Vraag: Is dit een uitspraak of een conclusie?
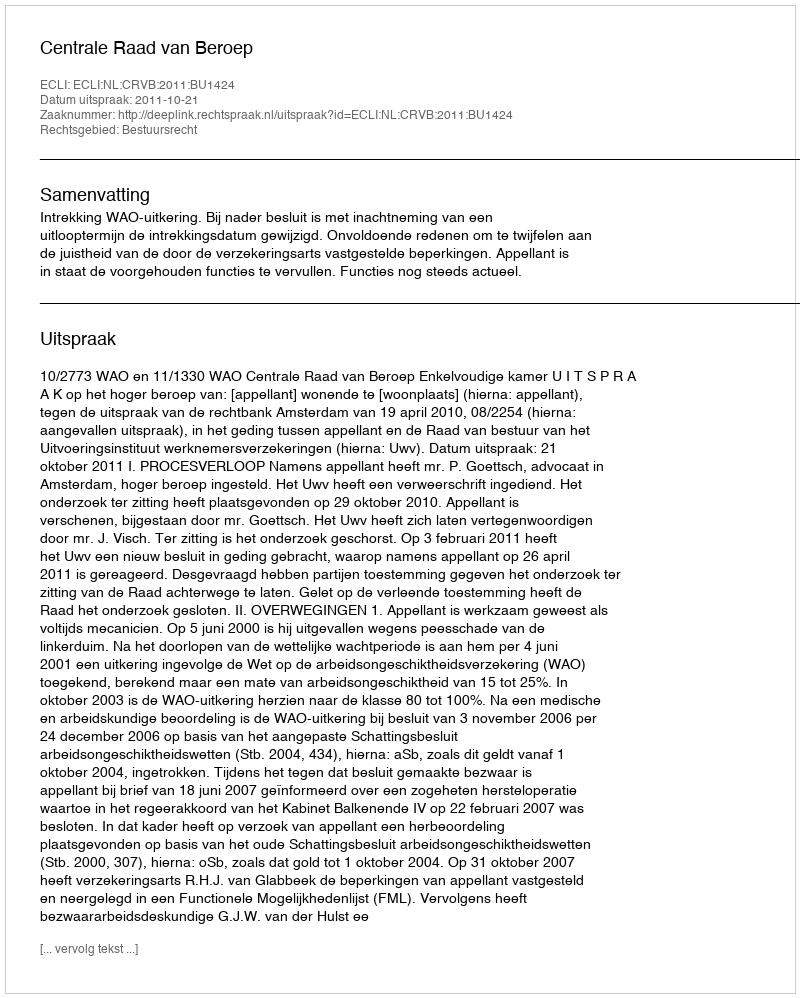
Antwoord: Uitspraak